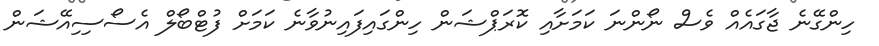
ހިންގޭނެ ޖާގައެއް ވެސް ނޯންނަ ކަމަށާއި ކޮރަޕްޝަން ހިންގައިފައިނުވާނެ ކަމަށް ފުޓްބޯލް އެސޯސިިއޭޝަން